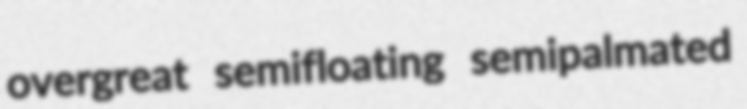
overgreat semifloating semipalmated